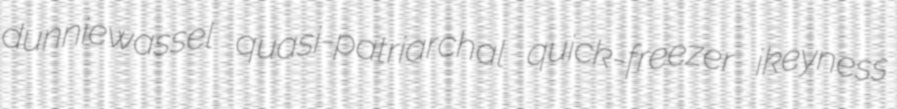
dunniewassel quasi-patriarchal quick-freezer ikeyness